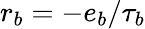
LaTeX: r_{b}=-e_{b}/\tau_{b}